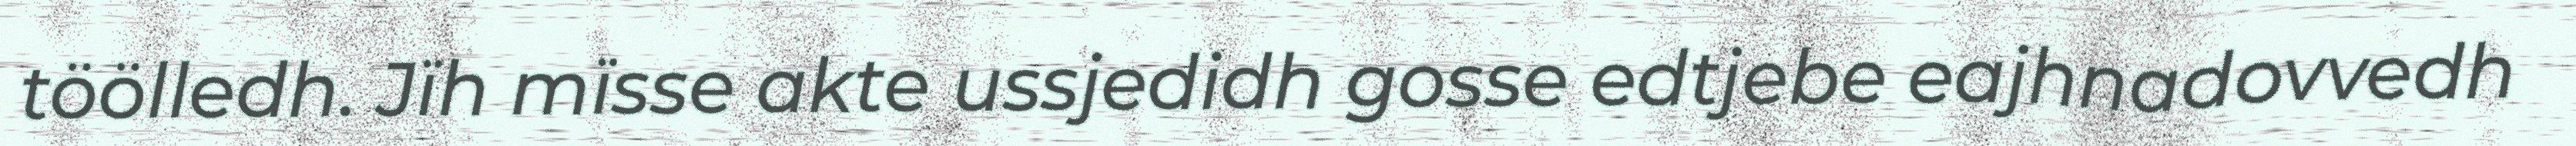
töölledh. Jïh mïsse akte ussjedidh gosse edtjebe eajhnadovvedh